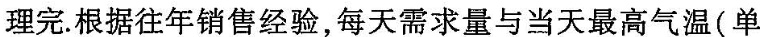
理完。根据往年销售经验，每天需求量与当天最高气温(单